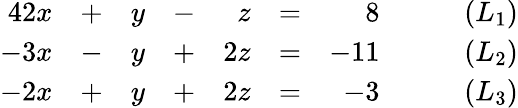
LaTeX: {\begin{array}{rlrlrlrl}{{4}2x}&{+}&{y}&{-}&{z}&{=}&{8}&{\qquad(L_{1})}\\ {-3x}&{-}&{y}&{+}&{2z}&{=}&{-11}&{\qquad(L_{2})}\\ {-2x}&{+}&{y}&{+}&{2z}&{=}&{-3}&{\qquad(L_{3})}\end{array}}